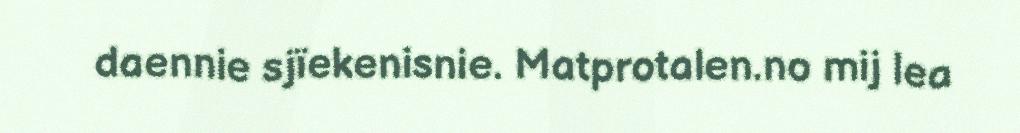
daennie sjïekenisnie. Matprotalen.no mij lea